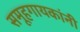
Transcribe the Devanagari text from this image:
समूहगायकांनी